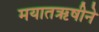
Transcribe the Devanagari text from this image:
मयातऋषीने